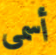
أسمى